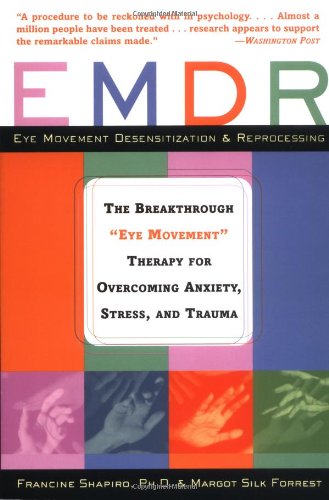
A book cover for EMDR: The Breakthrough "Eye Movement" Therapy for Overcoming Anxiety, Stress, and Trauma; Francine Shapiro; Health, Fitness & Dieting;